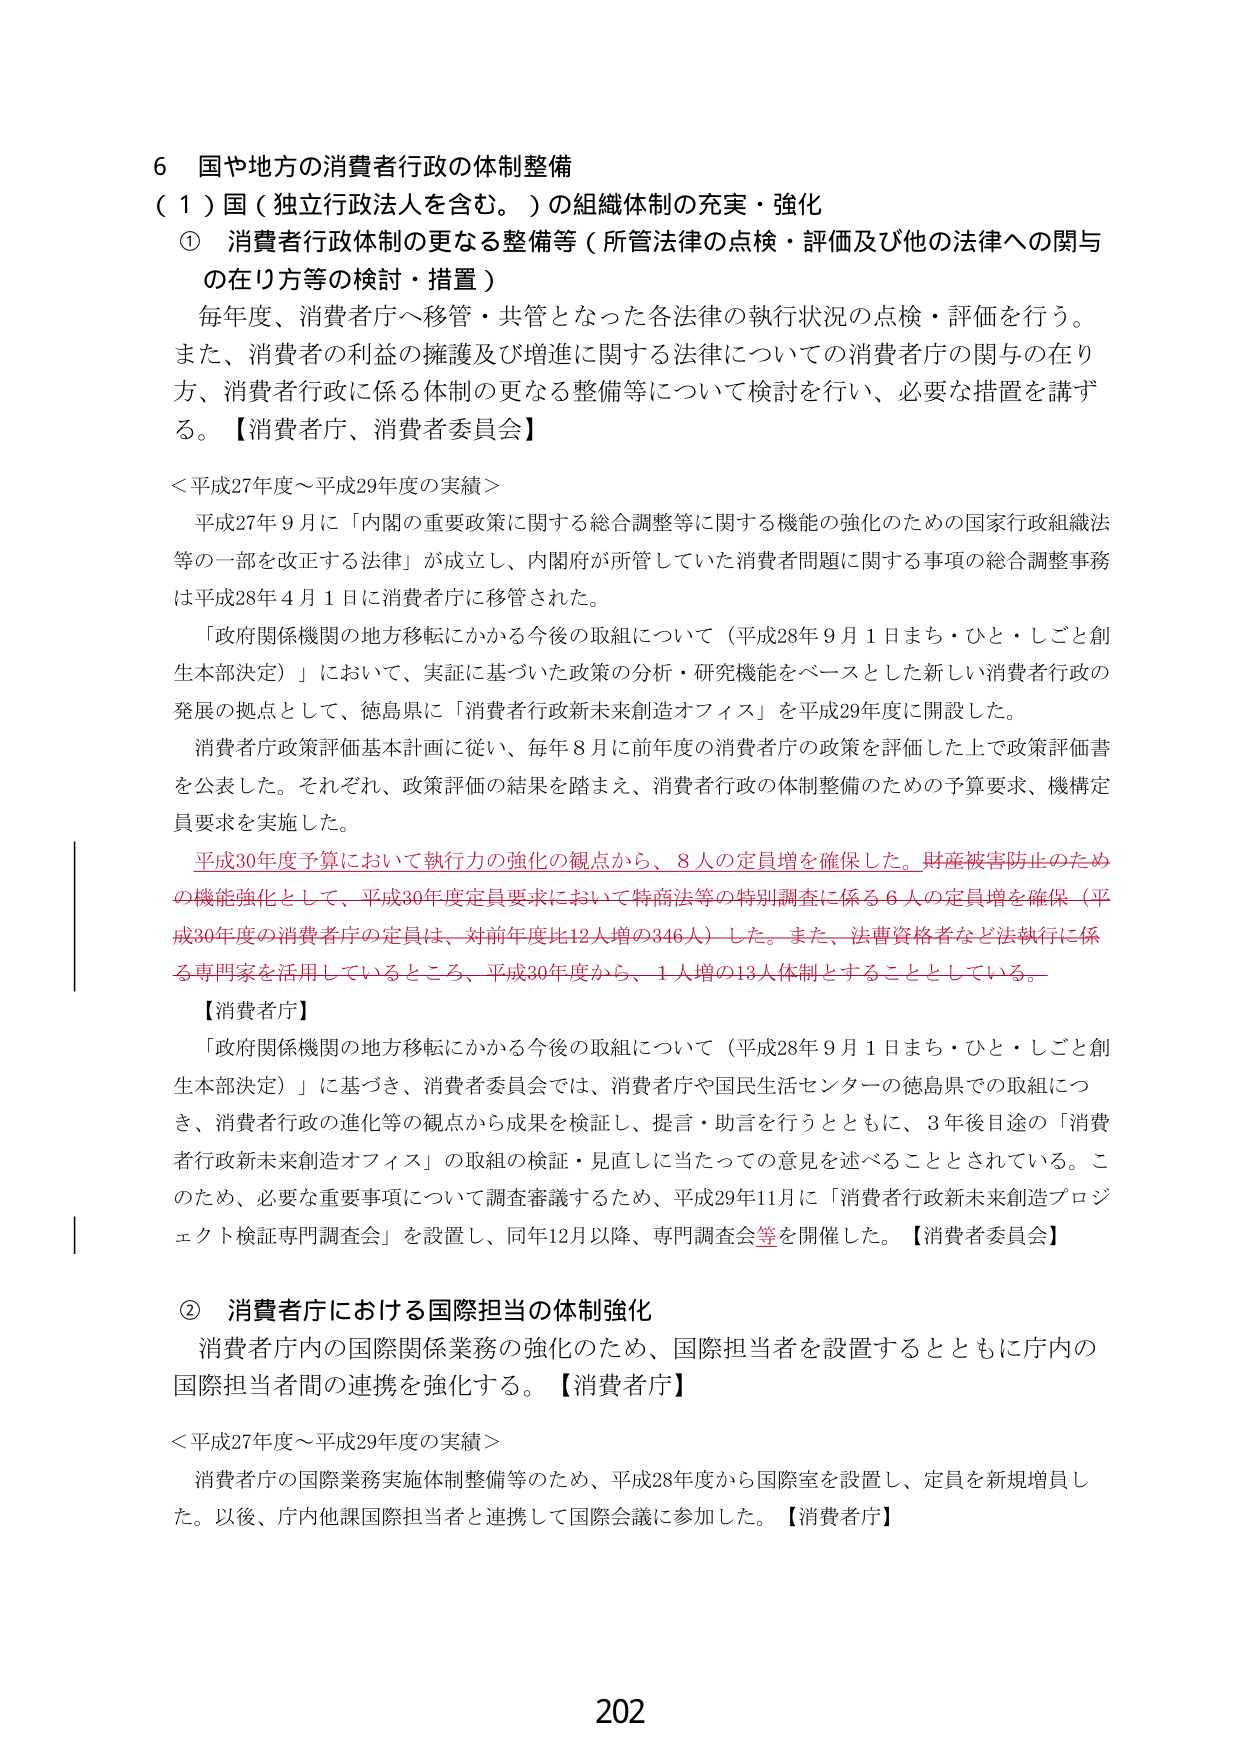
6 国や地方の消費者行政の体制整備
（1）国（独立行政法人を含む。）の組織体制の充実・強化
① 消費者行政体制の更なる整備等（所管法律の点検・評価及び他の法律への関与の在り方等の検討・措置）
毎年度、消費者庁へ移管・共管となった各法律の執行状況の点検・評価を行う。
また、消費者の利益の擁護及び増進に関する法律についての消費者庁の関与の在り方、消費者行政に係る体制の更なる整備等について検討を行い、必要な措置を講ずる。【消費者庁、消費者委員会】

＜平成27年度～平成29年度の実績＞
平成27年9月に「内閣の重要政策に関する総合調整等に関する機能の強化のための国家行政組織法等の一部を改正する法律」が成立し、内閣府が所管していた消費者問題に関する事項の総合調整事務は平成28年4月1日に消費者庁に移管された。
「政府関係機関の地方移転にかかる今後の取組について（平成28年9月1日まち・ひと・しごと創生本部決定）」において、実証に基づいた政策の分析・研究機能をベースとした新しい消費者行政の発展の拠点として、徳島県に「消費者行政新未来創造オフィス」を平成29年度に開設した。
消費者庁政策評価基本計画に従い、毎年8月に前年度の消費者庁の政策を評価した上で政策評価書を公表した。それぞれ、政策評価の結果を踏まえ、消費者行政の体制整備のための予算要求、機構定員要求を実施した。
平成30年度予算において執行力の強化の観点から、8人の定員増を確保した。財産被害防止のための機能強化として、平成30年度定員要求において特商法等の特別調査に係る6人の定員増を確保（平成30年度の消費者庁の定員は、対前年度比12人増の346人）した。また、法曹資格者など法執行に係る専門家を活用しているところ、平成30年度から、1人増の13人体制とすることとしている。
【消費者庁】
「政府関係機関の地方移転にかかる今後の取組について（平成28年9月1日まち・ひと・しごと創生本部決定）」に基づき、消費者委員会では、消費者庁や国民生活センターの徳島県での取組につき、消費者行政の進化等の観点から成果を検証し、提言・助言を行うとともに、3年後目途の「消費者行政新未来創造オフィス」の取組の検証・見直しに当たっての意見を述べることとされている。このため、必要な重要事項について調査審議するため、平成29年11月に「消費者行政新未来創造プロジェクト検証専門調査会」を設置し、同年12月以降、専門調査会等を開催した。【消費者委員会】

② 消費者庁における国際担当の体制強化
消費者庁内の国際関係業務の強化のため、国際担当者を設置するとともに庁内の国際担当者間の連携を強化する。【消費者庁】

＜平成27年度～平成29年度の実績＞
消費者庁の国際業務実施体制整備等のため、平成28年度から国際室を設置し、定員を新規増員した。以後、庁内他課国際担当者と連携して国際会議に参加した。【消費者庁】

202